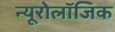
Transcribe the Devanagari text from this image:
न्यूरोलॉजिक